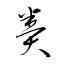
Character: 糞